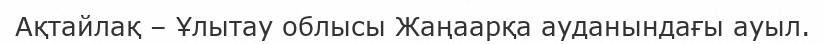
Ақтайлақ – Ұлытау облысы Жаңаарқа ауданындағы ауыл.